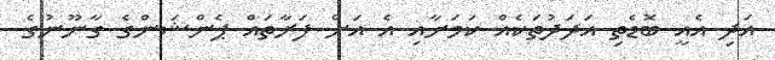
އަދި އެއީ ބޮޑެތި އަދަދުތަކެއް ކަމަށާއި އެ އަށް ފަރާތައް ޕެންޝަންގެ ގާނޫނުގެ